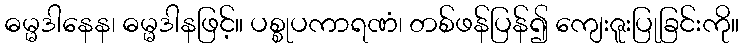
ဓမ္မဒါနေန၊ ဓမ္မဒါနဖြင့်။ ပစ္စုပကာရဏံ၊ တစ်ဖန်ပြန်၍ ကျေးဇူးပြုခြင်းကို။